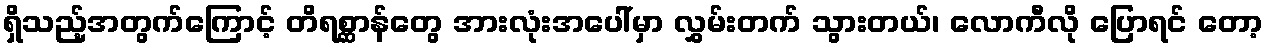
ရှိသည့်အတွက်ကြောင့် တိရစ္ဆာန်တွေ အားလုံးအပေါ်မှာ လွှမ်းတက် သွားတယ်၊ လောကီလို ပြောရင် တော့